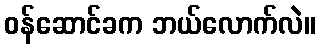
ဝန်ဆောင်ခက ဘယ်လောက်လဲ။